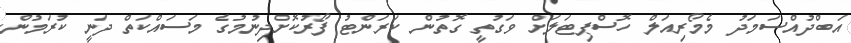
އަބްދުއްސަމަދު މެމޯރިއަލް ހޮސްޕިޓަލަށް ވަގުތީ ގޮތުން ކަރަންޓު ފޯރުކޮށްދިނުމުގެ މަސައްކަތް ދަނީ ކުރަމުން.